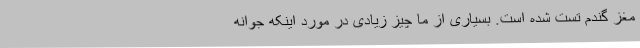
مغز گندم تُست شده است. بسیاری از ما چیز زیادی در مورد اینکه جوانه